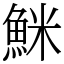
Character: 䱊